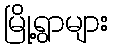
မြို့ရွာများ